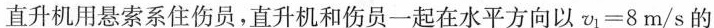
直升机用悬索系住伤员，直升机和伤员一起在水平方向以v 1=8 m/s的